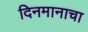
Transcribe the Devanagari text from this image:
दिनमानाचा